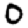
Digit: 0